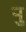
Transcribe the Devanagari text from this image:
र्‍ाु